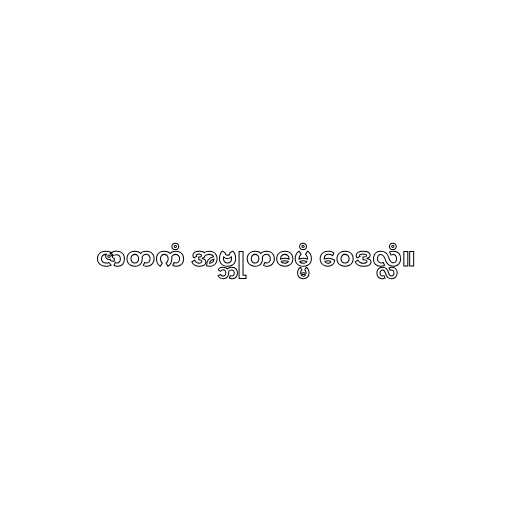
ဇာတကံ အဗ္ဘုတဓမ္မံ ဝေဒလ္လံ။